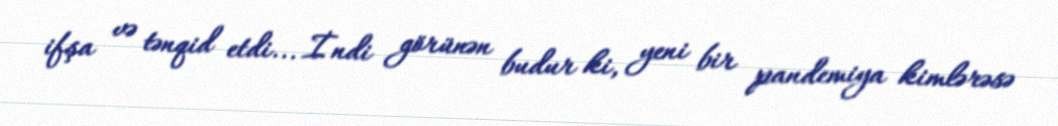
ifşa və tənqid etdi... İndi görünən budur ki, yeni bir pandemiya kimlərəsə